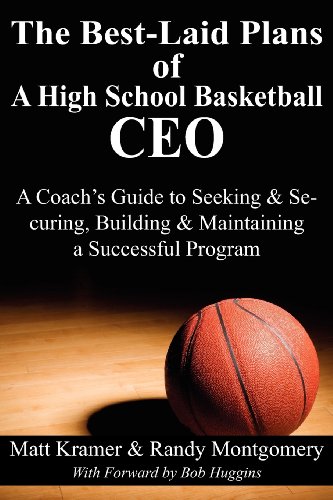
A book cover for The Best-Laid Plans of a High School Basketball CEO: A Coach's Guide to Seeking & Securing, Building & Maintaining a Successful Program; Matt Kramer; Sports & Outdoors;